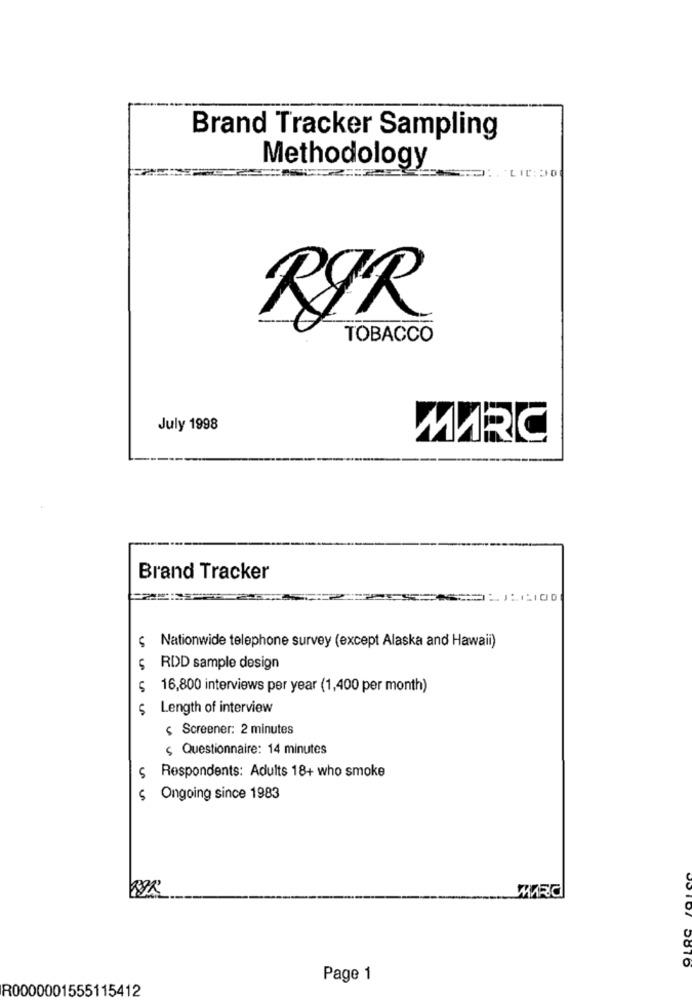
Brand Tracker Sampling
Methodology
RØR
TOBACCO
July 1998
MARC
Brand Tracker
Nationwide telephone survey (except Alaska and Hawaii)
L
RDD sample design
5
16,800 interviews per year (1,400 per month)
$ Length of interview
$ Screener: 2 minutes
Questionnaire: 14 minutes
5
Respondents: Adults 18+ who smoke
$ Ongoing since 1983
MARC
58TO
Page 1
R0000001555115412